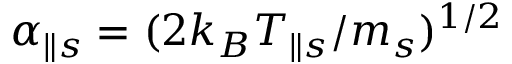
\alpha _ { \parallel s } = ( 2 k _ { B } T _ { \parallel s } / m _ { s } ) ^ { 1 / 2 }